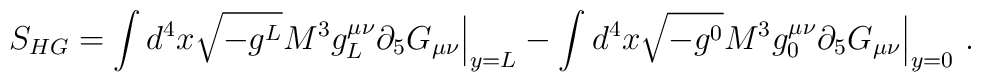
S_{HG}=\int d^{4}x\sqrt{-g^{L}}M^{3}g_{L}^{\mu\nu}\partial_{5}G_{\mu\nu}\Big|_{y=L}-\int d^{4}x\sqrt{-g^{0}}M^{3}g_{0}^{\mu\nu}\partial_{5}G_{\mu\nu}\Big|_{y=0}\ .